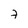
Character: 7